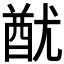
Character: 𨠫